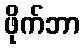
ဖိုက်ဘာ